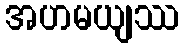
အဟမယျဿ